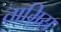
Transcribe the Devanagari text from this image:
तामिस्र